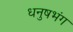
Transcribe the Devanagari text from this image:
धनुषभंग